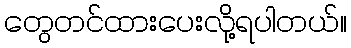
တွေတင်ထားပေးလို့ရပါတယ်။